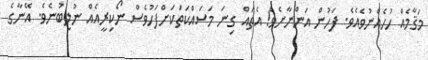
މަޤާމެއް ހުހެއްނުވެއެވެ. ފަހުން އަންނާށެވެ! އެތައް ގިނަ މަސައްކަތަކަށްފަހުވެސް ނޯކިރީއެއް ނުލިބުނެވެ. އޭނާގެ